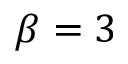
\beta = 3